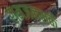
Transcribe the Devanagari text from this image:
रामजन्मके